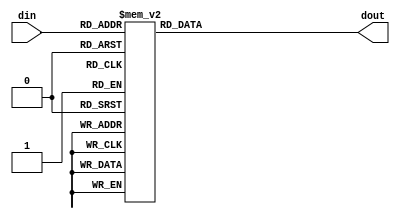
module pn2112_table (
	input [6:0] din,
	output reg [31:0] dout
);

always @(*) begin
	case (din)
		7'd  0 : dout = 32'hffffffff;
		7'd  1 : dout = 32'h02aaaaff;
		7'd  2 : dout = 32'haaaa8000;
		7'd  3 : dout = 32'h554aaaaa;
		7'd  4 : dout = 32'h0fffff55;
		7'd  5 : dout = 32'haaaa8000;
		7'd  6 : dout = 32'h557ffffa;
		7'd  7 : dout = 32'h55555755;
		7'd  8 : dout = 32'hfffe5555;
		7'd  9 : dout = 32'haa7ffff7;
		7'd 10 : dout = 32'he00002aa;
		7'd 11 : dout = 32'haaa8aaaa;
		7'd 12 : dout = 32'hffd5557a;
		7'd 13 : dout = 32'h00001fff;
		7'd 14 : dout = 32'hfff0aaaa;
		7'd 15 : dout = 32'h5055557f;
		7'd 16 : dout = 32'hd5557d55;
		7'd 17 : dout = 32'hfffffffd;
		7'd 18 : dout = 32'h08aaab1f;
		7'd 19 : dout = 32'h2aaa7000;
		7'd 20 : dout = 32'h551aaaa8;
		7'd 21 : dout = 32'h2dfffdd5;
		7'd 22 : dout = 32'haaaa8000;
		7'd 23 : dout = 32'h55f7ffe1;
		7'd 24 : dout = 32'h7d555ad5;
		7'd 25 : dout = 32'hfffab555;
		7'd 26 : dout = 32'ha8afffd5;
		7'd 27 : dout = 32'h0000002a;
		7'd 28 : dout = 32'haaa2aaab;
		7'd 29 : dout = 32'hfd555580;
		7'd 30 : dout = 32'ha8004aff;
		7'd 31 : dout = 32'hffd02aa8;
		7'd 32 : dout = 32'h4ab5557f;
		7'd 33 : dout = 32'ha555ff55;
		7'd 34 : dout = 32'hffd57ff0;
		7'd 35 : dout = 32'h282aafaf;
		7'd 36 : dout = 32'haaa88200;
		7'd 37 : dout = 32'h54e1aaaa;
		7'd 38 : dout = 32'hda7ff75d;
		7'd 39 : dout = 32'h4aa82800;
		7'd 40 : dout = 32'h577dffb0;
		7'd 41 : dout = 32'h7fd57885;
		7'd 42 : dout = 32'hffe1b555;
		7'd 43 : dout = 32'ha525ff5d;
		7'd 44 : dout = 32'he500282a;
		7'd 45 : dout = 32'h2a8082af;
		7'd 46 : dout = 32'hffd55752;
		7'd 47 : dout = 32'ha201ab1f;
		7'd 48 : dout = 32'h7f2adaa2;
		7'd 49 : dout = 32'h1fe557fd;
		7'd 50 : dout = 32'h075755d5;
		7'd 51 : dout = 32'hffd57fd0;
		7'd 52 : dout = 32'haaa2b554;
		7'd 53 : dout = 32'h02a5ff80;
		7'd 54 : dout = 32'h50554a80;
		7'd 55 : dout = 32'h2aafd7ff;
		7'd 56 : dout = 32'haaaaaa82;
		7'd 57 : dout = 32'h5dfffe4a;
		7'd 58 : dout = 32'hd5558fff;
		7'd 59 : dout = 32'h57b00057;
		7'd 60 : dout = 32'h87557dd5;
		7'd 61 : dout = 32'hffe02aaa;
		7'd 62 : dout = 32'h5a0800b4;
		7'd 63 : dout = 32'hd7ffdad5;
		7'd 64 : dout = 32'haa854aaf;
		7'd 65 : dout = 32'hfdfaa880;
		default : dout = 32'h0;
	endcase
end

endmodule